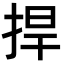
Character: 捍